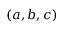
( a , b , c )